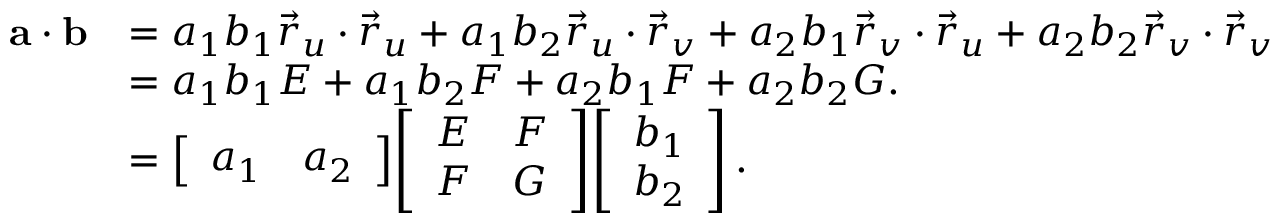
{ \begin{array} { r l } { \mathbf { a } \cdot \mathbf { b } } & { = a _ { 1 } b _ { 1 } { \vec { r } } _ { u } \cdot { \vec { r } } _ { u } + a _ { 1 } b _ { 2 } { \vec { r } } _ { u } \cdot { \vec { r } } _ { v } + a _ { 2 } b _ { 1 } { \vec { r } } _ { v } \cdot { \vec { r } } _ { u } + a _ { 2 } b _ { 2 } { \vec { r } } _ { v } \cdot { \vec { r } } _ { v } } \\ & { = a _ { 1 } b _ { 1 } E + a _ { 1 } b _ { 2 } F + a _ { 2 } b _ { 1 } F + a _ { 2 } b _ { 2 } G . } \\ & { = { \left[ \begin{array} { l l } { a _ { 1 } } & { a _ { 2 } } \end{array} \right] } { \left[ \begin{array} { l l } { E } & { F } \\ { F } & { G } \end{array} \right] } { \left[ \begin{array} { l } { b _ { 1 } } \\ { b _ { 2 } } \end{array} \right] } \, . } \end{array} }